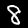
Label: 8